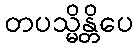
တပသ္မိန္တိပေ